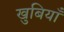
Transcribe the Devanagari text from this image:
खुबियाँ